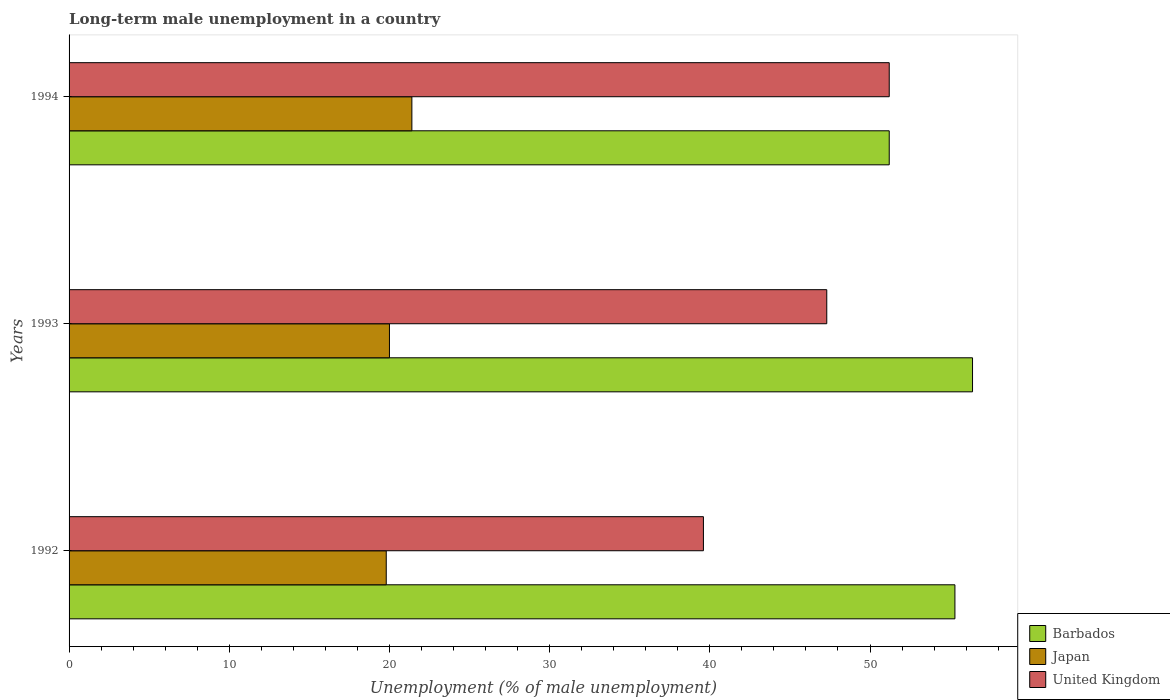
| Years | Barbados | Japan | United Kingdom |
 | --- | --- | --- | --- |
 | 1992 | 55.3 | 19.8 | 39.6 |
 | 1993 | 56.4 | 20 | 47.3 |
 | 1994 | 51.2 | 21.4 | 51.2 |